Indian journal of veterinary science and animal husbandry - Volume 8,
Year: 1938
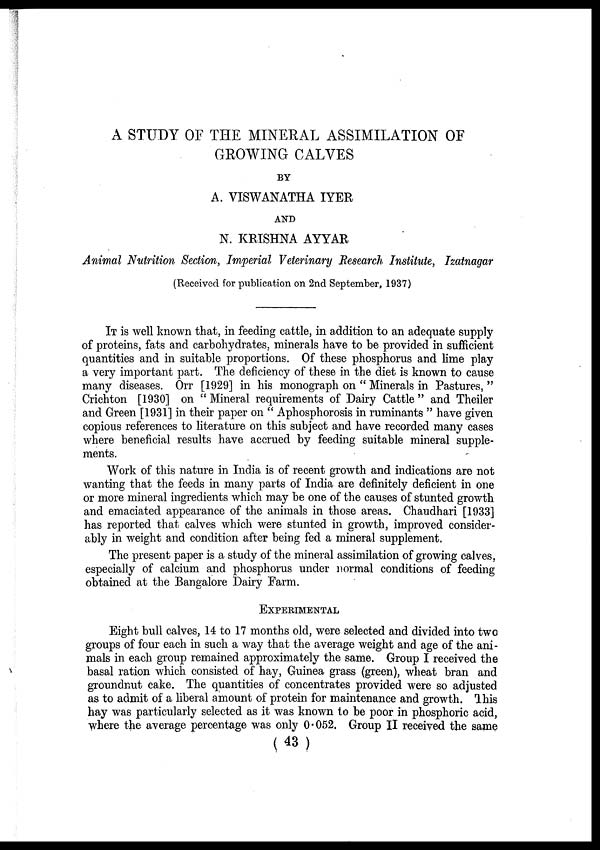
A STUDY OF THE MINERAL ASSIMILATION OF
GROWING CALVES
BY
A. VISWANATHA IYER
AND
N. KRISHNA AYYAR
Animal Nutrition Section, Imperial Veterinary Research Institute, Izatnagar
(Received for publication on 2nd September, 1937)
IT is well known that, in feeding cattle, in addition to an adequate supply
of proteins, fats and carbohydrates, minerals have to be provided in sufficient
quantities and in suitable proportions. Of these phosphorus and lime play
a very important part. The deficiency of these in the diet is known to cause
many diseases. Orr [1929] in his monograph on " Minerals in Pastures, "
Crichton [1930] on " Mineral requirements of Dairy Cattle " and Theiler
and Green [1931] in their paper on " Aphosphorosis in ruminants " have given
copious references to literature on this subject and have recorded many cases
where beneficial results have accrued by feeding suitable mineral supple-
ments.
Work of this nature in India is of recent growth and indications are not
wanting that the feeds in many parts of India are definitely deficient in one
or more mineral ingredients which may be one of the causes of stunted growth
and emaciated appearance of the animals in those areas. Chaudhari [1933]
has reported that calves which were stunted in growth, improved consider-
ably in weight and condition after being fed a mineral supplement.
The present paper is a study of the mineral assimilation of growing calves,
especially of calcium and phosphorus under normal conditions of feeding
obtained at the Bangalore Dairy Farm.
EXPERIMENTAL
Eight bull calves, 14 to 17 months old, were selected and divided into two
groups of four each in such a way that the average weight and age of the ani-
mals in each group remained approximately the same. Group I received the
basal ration which consisted of hay, Guinea grass (green), wheat bran and
groundnut cake. The quantities of concentrates provided were so adjusted
as to admit of a liberal amount of protein for maintenance and growth. This
hay was particularly selected as it was known to be poor in phosphoric acid,
where the average percentage was only 0.052. Group II received the same
(43 )